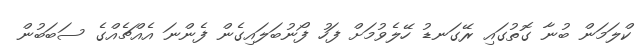
ކްލަމަން ބުނާ ގޮތުގައި ރޭގަނޑު ހޭލެވުމަށް ފަހު ފޯނުބަލައިގެން ފެންނަ އެއްޗެއްގެ ސަބަބުން